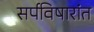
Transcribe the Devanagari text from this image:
सर्पविषारांत